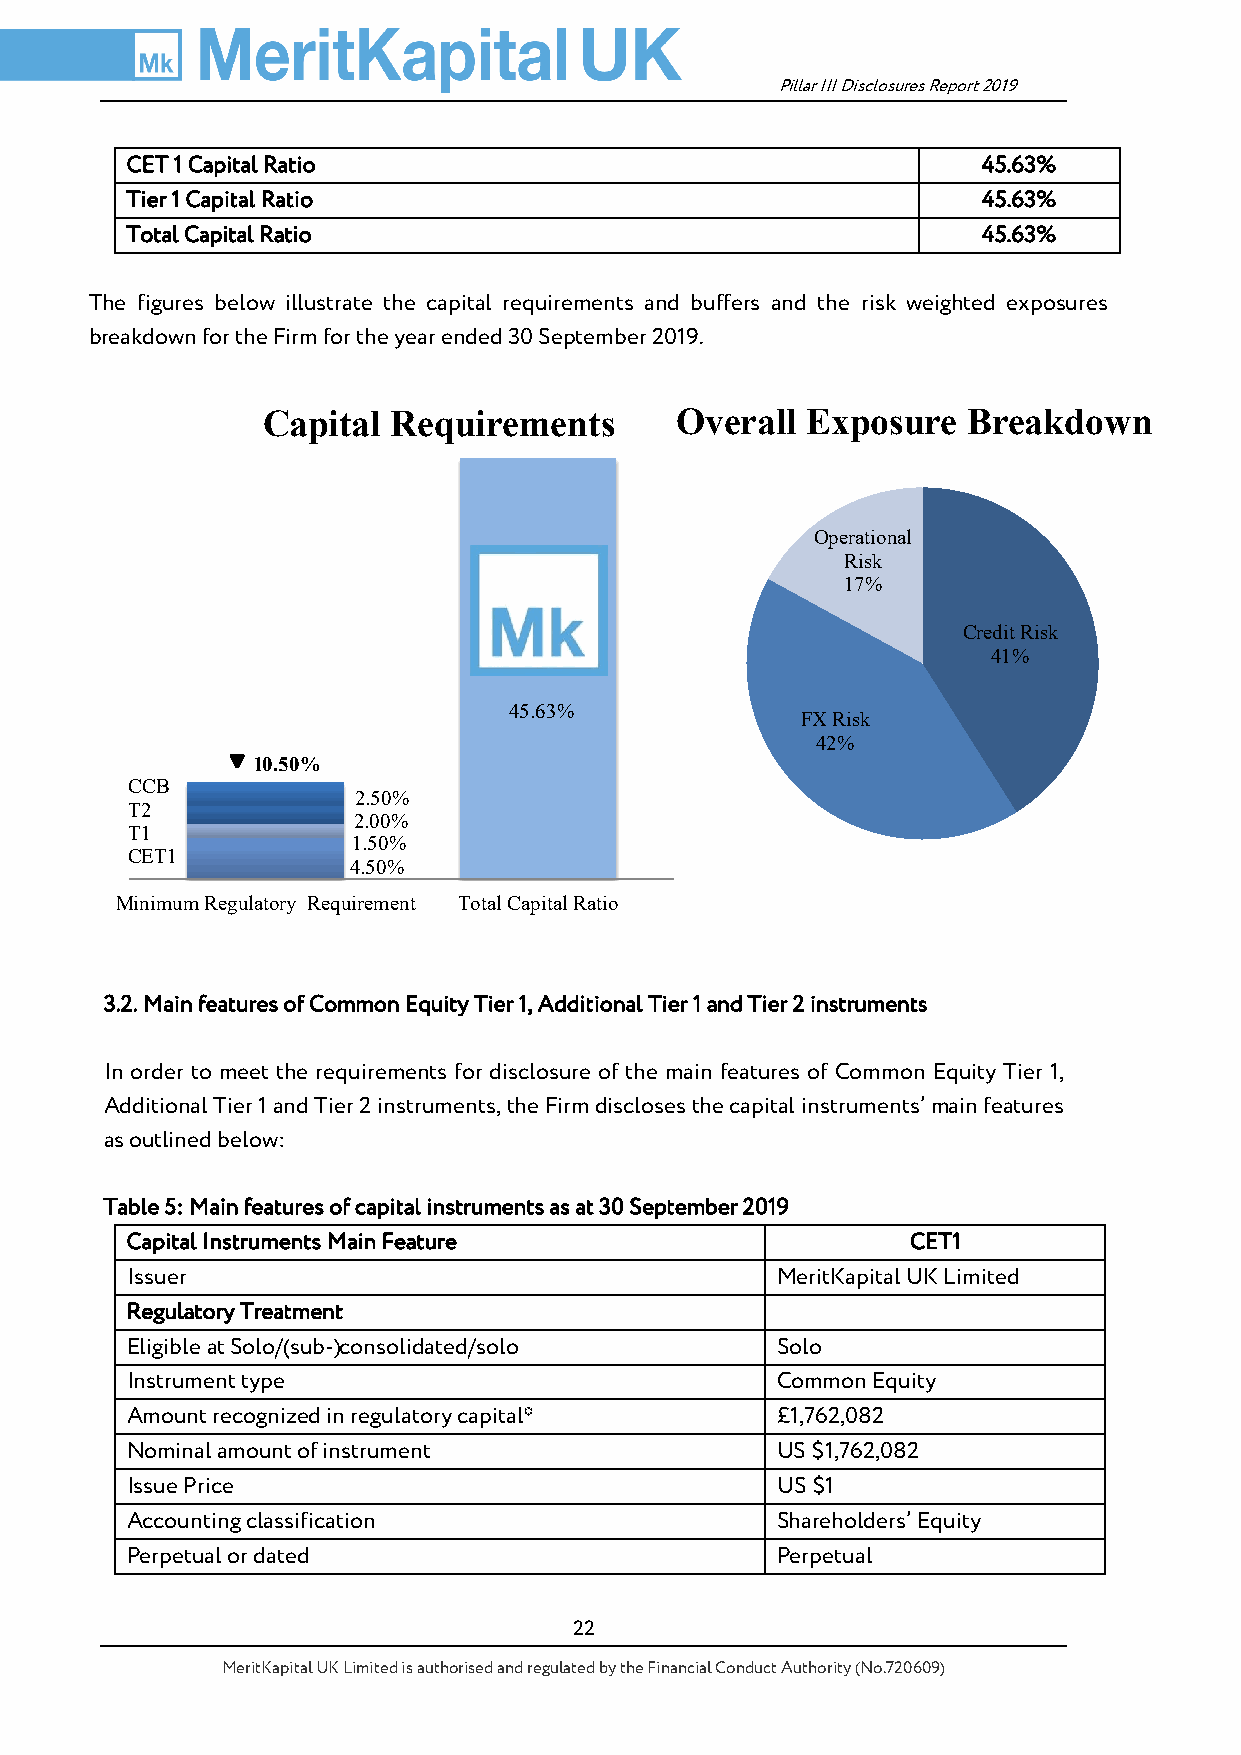
Pillar III Disclosures Report 2019
 CET 1 Capital Ratio                                      45.63%
 Tier 1 Capital Ratio                                     45.63%
 Total Capital Ratio                                      45.63%
 The figures below illustrate the capital requirements and buffers and the risk weighted exposures
 breakdown for the Firm for the year ended 30 September 2019.
 Capital  Requirements       Overall Exposure   Breakdown
 Operational
 Risk
 17%
 Credit Risk
 41%
 45.63%
 FX Risk
 42%
 10.50%
 CCB
 2.50%
 T2
 2.00%
 T1
 1.50%
 CET1
 4.50%
 Minimum Regulatory Requirement Total Capital Ratio
 3.2. Main features of Common Equity Tier 1, Additional Tier 1 and Tier 2 instruments
 In order to meet the requirements for disclosure of the main features of Common Equity Tier 1,
 Additional Tier 1 and Tier 2 instruments, the Firm discloses the capital instruments’ main features
 as outlined below:
 Table 5: Main features of capital instruments as at 30 September 2019
 Capital Instruments Main Feature                    CET1
 Issuer                                     MeritKapital UK Limited
 Regulatory Treatment
 Eligible at Solo/(sub-)consolidated/solo   Solo
 Instrument type                            Common Equity
 Amount recognized in regulatory capital*   £1,762,082
 Nominal amount of instrument               US $1,762,082
 Issue Price                                US $1
 Accounting classification                  Shareholders’ Equity
 Perpetual or dated                         Perpetual
 22
 MeritKapital UK Limited is authorised and regulated by the Financial Conduct Authority (No.720609)